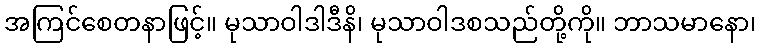
အကြင်စေတနာဖြင့်။ မုသာဝါဒါဒီနိ၊ မုသာဝါဒစသည်တို့ကို။ ဘာသမာနော၊